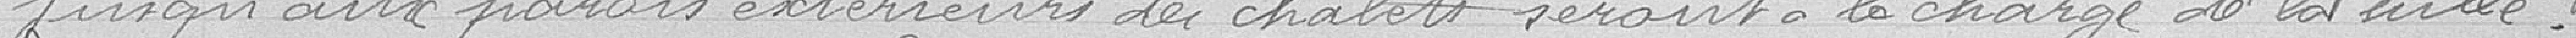
jusqu'aux parois extérieurs des chalets seront à la charge de la Ville.